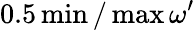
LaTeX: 0.5\operatorname*{min}/\operatorname*{max}\omega^{\prime}